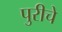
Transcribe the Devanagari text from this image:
पुरीचे